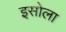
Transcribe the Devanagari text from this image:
इसोला